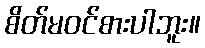
စိတ်မဝင်စားပါဘူး။